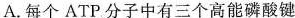
A.每个ATP分子中有三个高能磷酸键